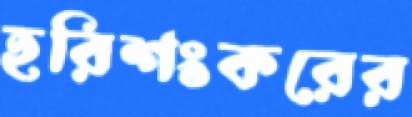
হরিশংকরের